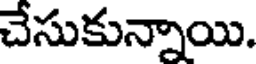
చేసుకున్నాయి.